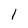
Character: 1